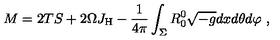
M = 2 T S + 2 \Omega J _ { \mathrm { H } } - \frac { 1 } { 4 \pi } \int _ { \Sigma } R _ { 0 } ^ { 0 } \sqrt { - g } d x d \theta d \varphi \ ,